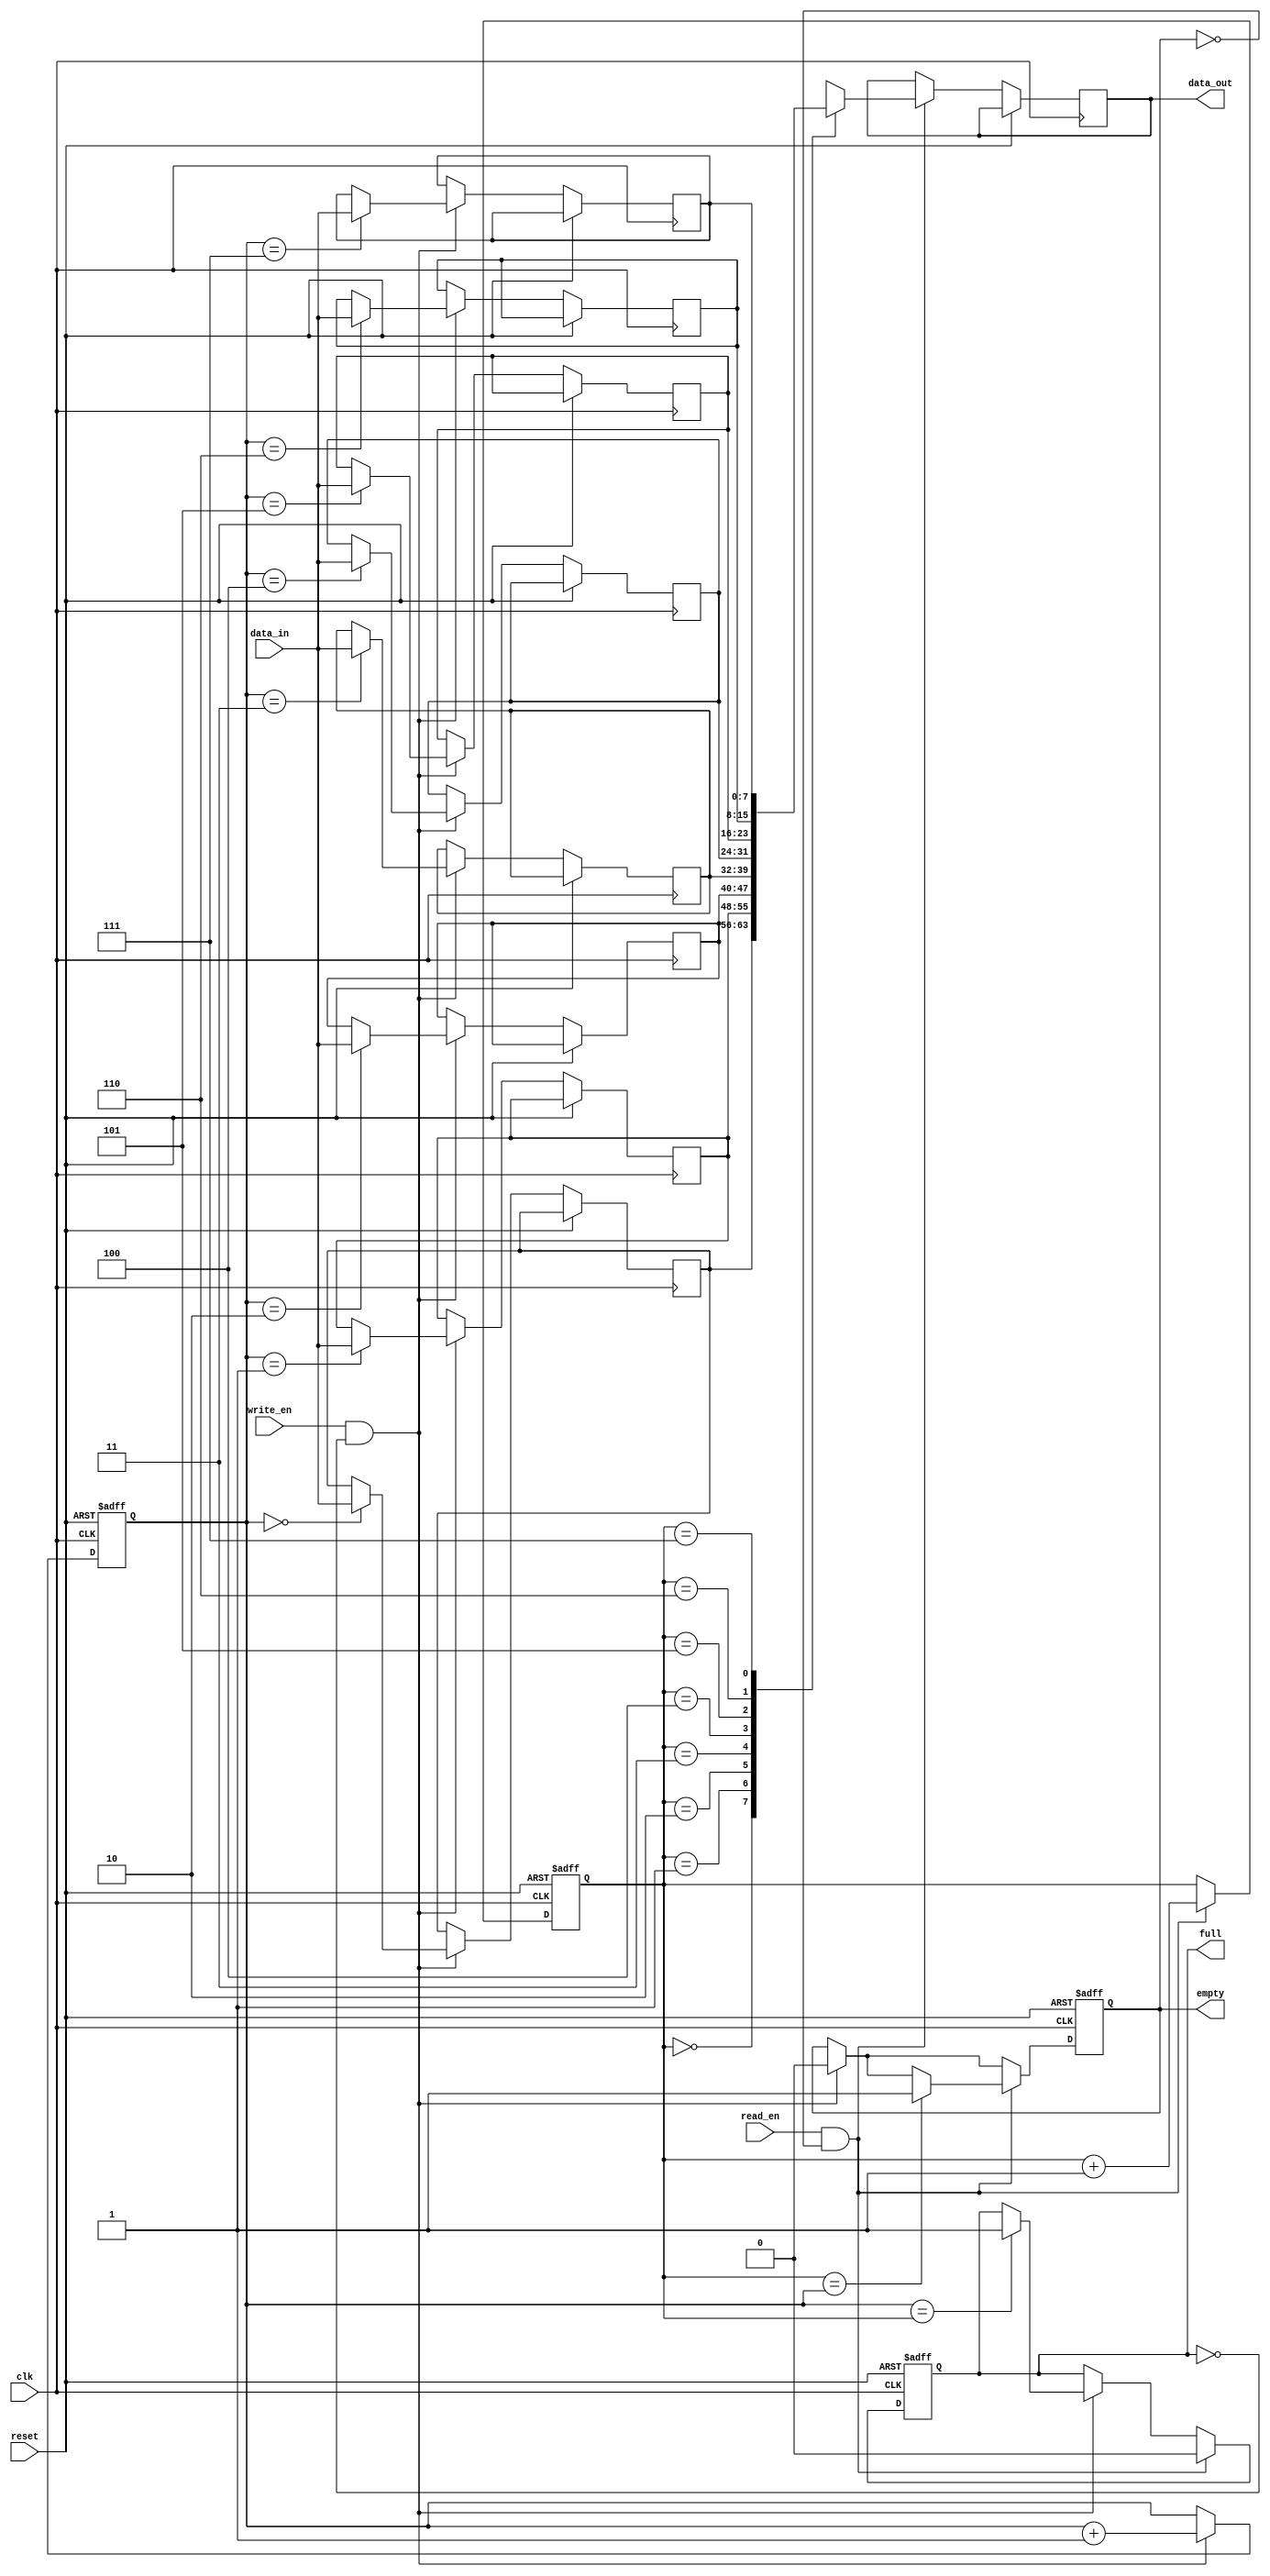
module fifo (
  input wire clk,
  input wire reset,
  input wire write_en,
  input wire read_en,
  input wire [7:0] data_in,
  output reg [7:0] data_out,
  output reg full,
  output reg empty
);

reg [7:0] memory [0:7];
reg [2:0] read_ptr, write_ptr;

always @(posedge clk or posedge reset) begin
  if (reset)
    begin
      read_ptr <= 3'b000;
      write_ptr <= 3'b000;
      full <= 0;
      empty <= 1;
    end
  else begin
    if (write_en && !full) begin
      memory[write_ptr] <= data_in;
      write_ptr <= write_ptr + 1;
      if (write_ptr == read_ptr)
        full <= 1;
      empty <= 0;
    end

    if (read_en && !empty) begin
      data_out <= memory[read_ptr];
      read_ptr <= read_ptr + 1;
      if (read_ptr == write_ptr)
        empty <= 1;
      full <= 0;
    end
  end
end

endmodule